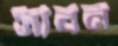
সীবন